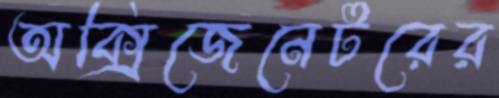
অক্সিজেনেটরের